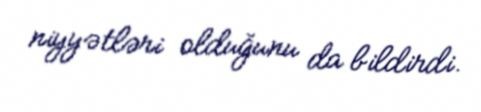
niyyətləri olduğunu da bildirdi.